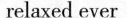
relaxedever